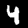
Digit: 4